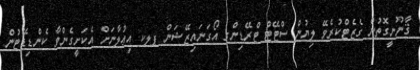
ޤާނޫނީގޮތުން ގެޒެޓްކުރެވޭ ލިޔުން ސްޓޭޓް ޓްރޭޑިންގ އޯގަނައިޒޭޝަން ޕލކ އިޢުލާނަށް އެކަށީގެންވާ ކެންޑިޑޭޓުން